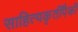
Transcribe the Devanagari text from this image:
साहित्यकृतींपैकी